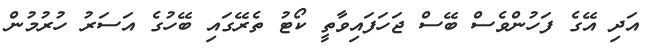
އަދި އޭގެ ފަހުންވެސް ބޭސް ޖަހަފައިވާތީ ކޯޓު ތެރޭގައި ބޭހުގެ އަސަރު ހުރުމުން